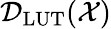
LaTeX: \mathcal{D}_{\textrm{LUT}}(\mathcal{X})